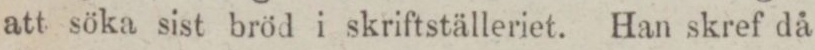
att söka sist bröd i skriftställeriet. Han skref då